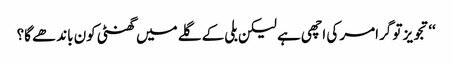
‘‘تجویز تو گرامر کی اچھی ہے لیکن بلی کے گلے میں گھنٹی کون باندھے گا؟